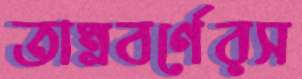
তাম্রবর্ণেরস